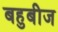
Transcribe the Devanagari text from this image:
बहुबीज